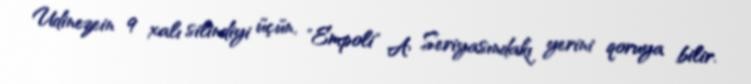
Udinezein 9 xalı silindiyi üçün, "Empoli" A Seriyasındakı yerini qoruya bilir.